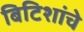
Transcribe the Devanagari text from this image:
बिटिशांचे